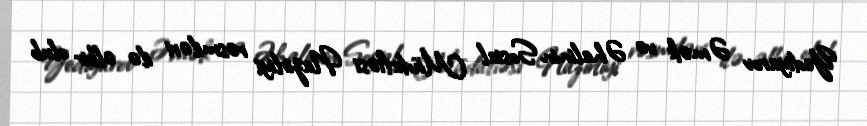
Yediyarov Əmək və Əhalinin Sosial Müdafiəsi Nazirliyi rəsmiləri ilə əlbir olub